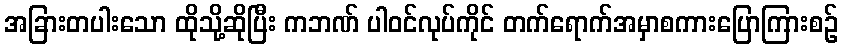
အခြားတပါးသော ထိုသို့ဆိုပြီး ကဘဏ် ပါဝင်လုပ်ကိုင် တက်ရောက်အမှာစကားပြောကြားစဉ်